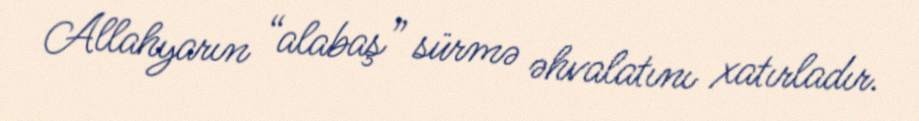
Allahyarın “alabaş” sürmə əhvalatını xatırladır.